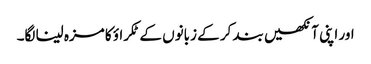
اور اپنی آنکھیں بند کر کے زبانوں کے ٹکراؤ کا مزہ لینا لگا۔